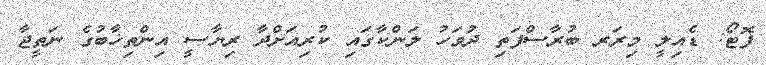
ފޮޓޯ: ޑެއިލީ މިރަރ ބުރާސްފަތި ދުވަހު ލަންކާގައި ކުރިއަށްދާ ރިޔާސީ އިންތިޚާބުގެ ނަތީޖާ